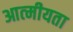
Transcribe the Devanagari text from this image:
आत्‍मीयता